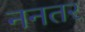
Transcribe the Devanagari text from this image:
ननतर